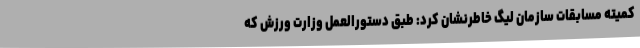
کمیته مسابقات سازمان لیگ خاطرنشان کرد: طبق دستورالعمل وزارت ورزش که